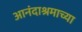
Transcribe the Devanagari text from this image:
आनंदाश्रमाच्या